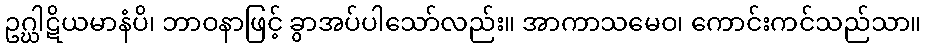
ဥဂ္ဃါဋိယမာနံပိ၊ ဘာဝနာဖြင့် ခွာအပ်ပါသော်လည်း။ အာကာသမေဝ၊ ကောင်းကင်သည်သာ။